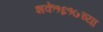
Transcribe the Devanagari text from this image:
शके१६१७च्या